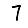
Digit: 7